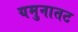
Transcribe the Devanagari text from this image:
यमुनातट